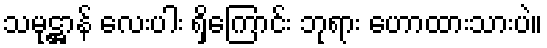
သမုဋ္ဌာန် လေးပါး ရှိကြောင်း ဘုရား ဟောထားသားပဲ။